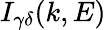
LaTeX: I_{\gamma\delta}(k,E)